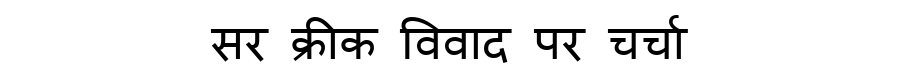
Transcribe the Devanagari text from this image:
सर क्रीक विवाद पर चर्चा